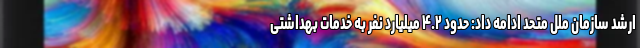
ارشد سازمان ملل متحد ادامه داد: حدود ۴.۲ میلیارد نفر به خدمات بهداشتی